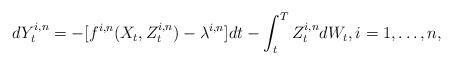
LaTeX: \begin{align*} dY^{i,n}_t = - [f^{i,n}(X_t,Z^{i,n}_t)-\lambda^{i,n}]dt - \int_t^T Z^{i,n}_t dW_t,i=1,\dots,n,\end{align*}